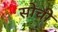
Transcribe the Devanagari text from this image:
सोचीं